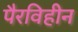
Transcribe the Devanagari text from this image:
पैरविहीन